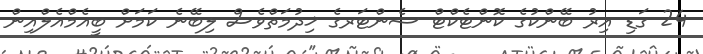
24 ގަޑި އިރު ބޭންކުގެ ކޮންޓެކްޓް ސެންޓަރގެ ޚިދުމަތްވެސް ލިބޭނެ ކަމަށް ބީއެމްއެލްއިން